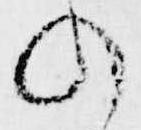
の